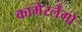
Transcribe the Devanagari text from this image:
कामेरर्लेंगो